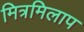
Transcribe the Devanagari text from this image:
मित्रमिलाप